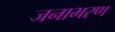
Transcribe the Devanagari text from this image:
जनाभरण